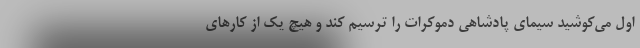
اول می‌کوشید سیمای پادشاهی دموکرات را ترسیم کند و هیچ یک از کارهای